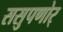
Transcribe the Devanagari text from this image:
ससुपणोर्